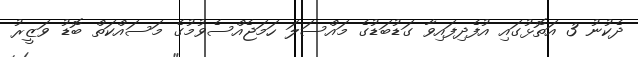
ދެކުނު 3 އަތޮޅުގައި އުފެދިފައިވާ ގަޑުބަޑުގެ މައްސަލަ ހަމަޖެއްސެވުމުގެ މަސައްކަތް ބޮޑު ވަޒީރު